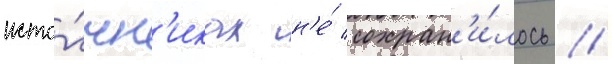
исто́чн'иках н'е́ сохран'и́лось //